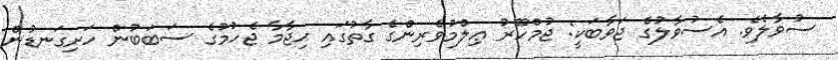
ސުވާލެވެ. އެސުވާލުގެ ޖަވާބަކީ: ޖުމްހޫރު ޢިލްމުވެރިންގެ ގާތުގައި ޙިޖާމާ ޖެހުމުގެ ސަބަބުން ހަށިގަނޑުން